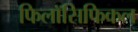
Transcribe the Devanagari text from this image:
फिलॉसिफिकल